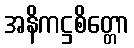
အနိကဋ္ဌစိတ္တော